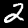
Digit: 2